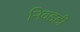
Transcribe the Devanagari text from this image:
निवडही